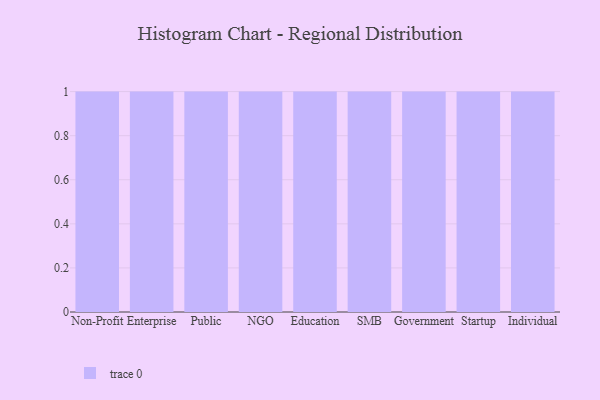
{"axis": {"x": "Segment", "y": "Market Share (%)"}, "legend": [""], "data": [{"x": "Non-Profit", "y": 99, "type": ""}, {"x": "Enterprise", "y": 23, "type": ""}, {"x": "Public", "y": 28, "type": ""}, {"x": "NGO", "y": 100, "type": ""}, {"x": "Education", "y": 49, "type": ""}, {"x": "SMB", "y": 98, "type": ""}, {"x": "Government", "y": 40, "type": ""}, {"x": "Startup", "y": 26, "type": ""}, {"x": "Individual", "y": 54, "type": ""}]}